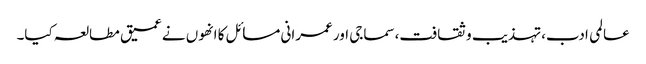
عالمی ادب،تہذیب و ثقافت،سماجی اور عمرانی مسائل کا انھوں نے عمیق مطالعہ کیا۔